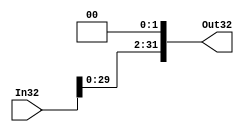
`timescale 1ns / 1ps
//////////////////////////////////////////////////////////////////////////////////
// Company: 
// Engineer: 
// 
// Design Name: 
// Module Name: shift_left_2
// Project Name: 
// Target Devices: 
// Tool Versions: 
// Description: 
// 
// Dependencies: 
// 
// Revision:
// Revision 0.01 - File Created
// Additional Comments:
// 
//////////////////////////////////////////////////////////////////////////////////


module shift_left_2(
Out32,
In32
);

output [31:0] Out32;
input [31:0] In32;

assign Out32 = {In32[29:0],2'b00};
endmodule